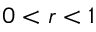
0 < r < 1